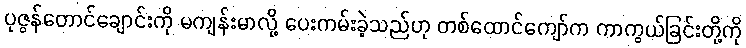
ပုဇွန်တောင်ချောင်းကို မကျန်းမာလို့ ပေးကမ်းခဲ့သည်ဟု တစ်ထောင်ကျော်က ကာကွယ်ခြင်းတို့ကို